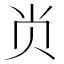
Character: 𭕆